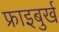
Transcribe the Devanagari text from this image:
फ्राइबुर्ख